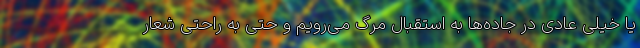
یا خیلی عادی در جاده‌ها به استقبال مرگ می‌رویم و حتی به راحتی شعار